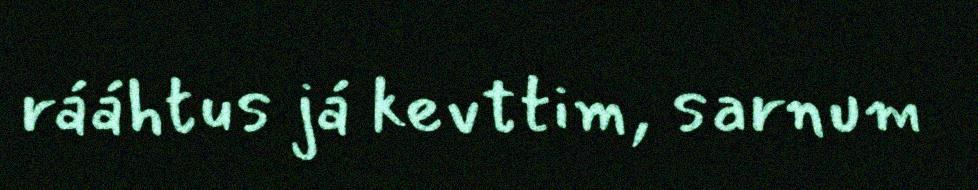
rááhtus já kevttim, sarnum